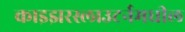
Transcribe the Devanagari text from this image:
काइझरस्लाउटर्नमधील